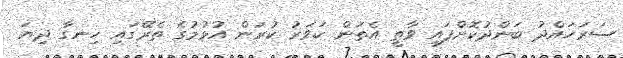
ސަރަހައްދު ބަންދުކޮށްފައި ވާތީ އެތަން ކަވަރު ކުރަން އުޅުމުގެ ތެރޭގައި ހިނގާ ދިޔަ